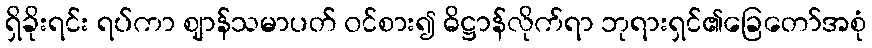
ရှိခိုးရင်း ရပ်ကာ ဈာန်သမာပတ် ဝင်စား၍ ဓိဋ္ဌာန်လိုက်ရာ ဘုရားရှင်၏ခြေတော်အစုံ